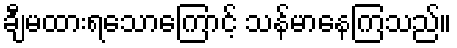
ချီမထားရသောကြောင့် သန်မာနေကြသည်။